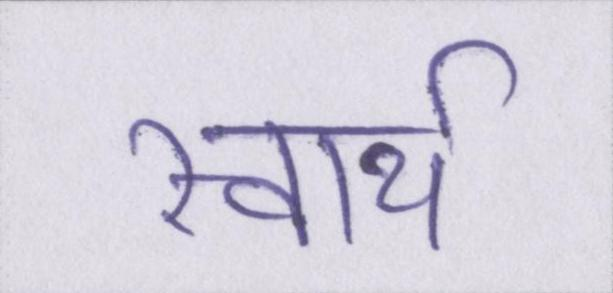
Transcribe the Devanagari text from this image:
स्वार्थ